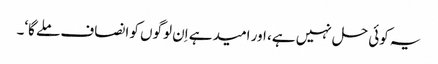
یہ کوئی حل نہیں ہے، اور امید ہے اِن لوگوں کو انصاف ملے گا‘۔